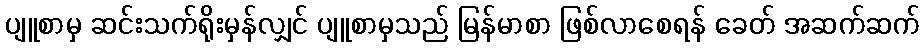
ပျူစာမှ ဆင်းသက်ရိုးမှန်လျှင် ပျူစာမှသည် မြန်မာစာ ဖြစ်လာစေရန် ခေတ် အဆက်ဆက်